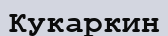
Кукаркин